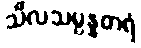
သီလသမ္ပန္နတရံ